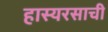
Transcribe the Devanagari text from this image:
हास्यरसाची